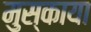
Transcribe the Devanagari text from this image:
मुस्काया